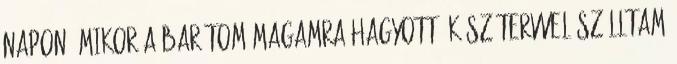
napon, mikor a barátom magamra hagyott, kész tervvel szálltam